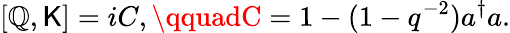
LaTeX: [\mathbb{Q},\mathsf{K}]=iC,\qquadC=1-(1-q^{-2})a^{\dagger}a.